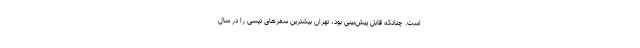
است. چنانکه قابل پیش‌بینی بود، تهران بیشترین سفرهای تپسی را در سال